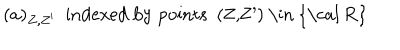
( a ) _ { Z , Z ^ { \prime } } \ \ \mathrm { i n d e x e d ~ b y ~ p o i n t s ~ ( Z , Z ^ { \prime } ) ~ \in ~ { \cal ~ R } ~ }